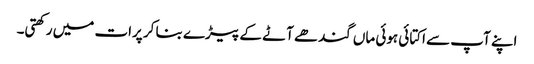
اپنے آپ سے اکتائی ہوئی ماں گندھے آٹے کے پیڑے بنا کر پرات میں رکھتی۔